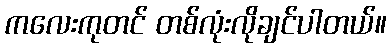
ကလေးကုတင် တစ်လုံးလိုချင်ပါတယ်။